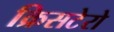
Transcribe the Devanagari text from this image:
क्रिसटेरो